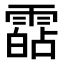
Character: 𩄷